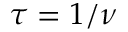
\tau = 1 / \nu